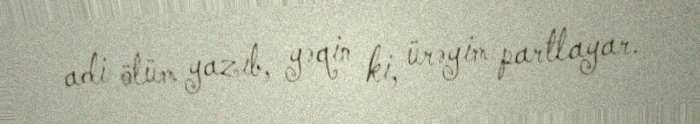
adi ölüm yazıb, yəqin ki, ürəyim partlayar.